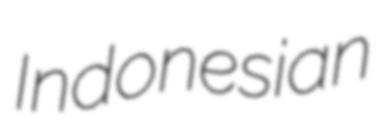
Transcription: Indonesian